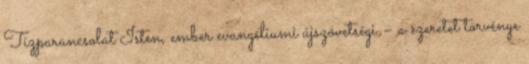
Tízparancsolat Isten, ember evangéliumi újszövetségi – a szeretet törvénye